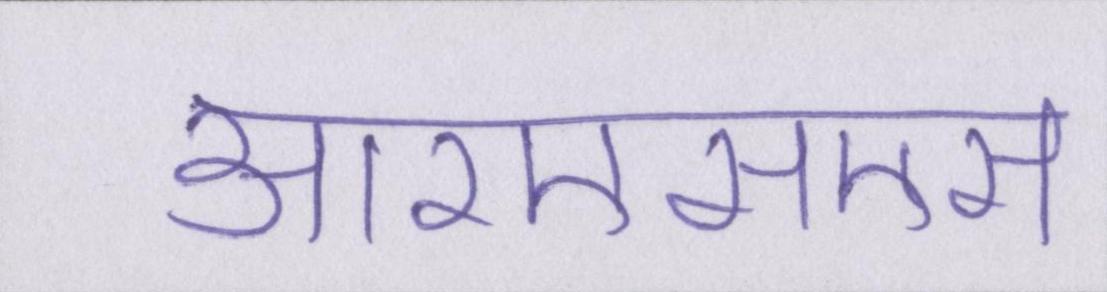
आरएसएस